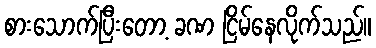
စားသောက်ပြီးတော့ ခဏ ငြိမ်နေလိုက်သည်။